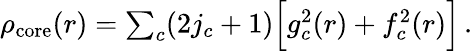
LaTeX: \begin{array}{r}{\rho_{\mathrm{core}}(r)=\sum_{c}(2j_{c}+1)\Big[g_{c}^{2}(r)+f_{c}^{2}(r)\Big]\, .}\end{array}